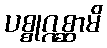
ပစ္စုဂ္ဂစ္ဆာမိ